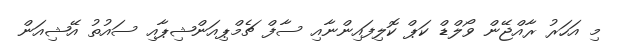
މި އަހަރު ރާއްޖޭން ވޯލްޑް ކަޕް ކޮލިފައިންނާއި ސާފް ޗެމްޕިއަންޝިޕާއި ސައުތު އޭޝިއަން